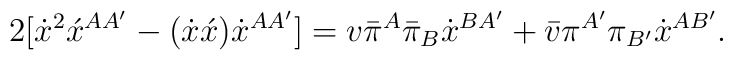
2[\dot{x}^2\acute{x}^{AA'} - (\dot{x}\acute{x})\dot{x}^{AA'}] =v\bar{\pi}^A\bar{\pi}_B\dot{x}^{BA'} +\bar{v}\pi^{A'}\pi_{B'}\dot{x}^{AB'}.